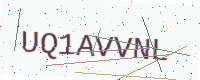
Text: UQ1AVVNL